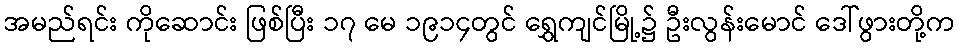
အမည်ရင်း ကိုဆောင်း ဖြစ်ပြီး ၁၇ မေ ၁၉၁၄တွင် ရွှေကျင်မြို့၌ ဦးလွန်းမောင် ဒေါ်ဖွားတို့က